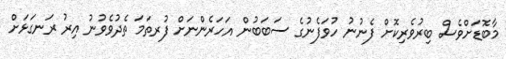
މާބޮޑަށްވެސް ބިރުވެރިކޮށް ފެނުނު ހުވަފެނުގެ ސަބަބުން އަހަރެންނަށް ފުރތަމަ ތެދުވެވުނު އިރު ރަނގަޅަށް